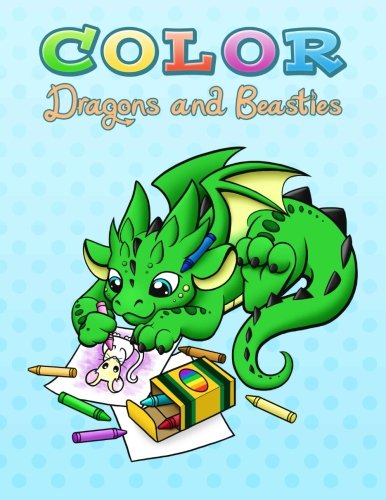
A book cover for Color Dragons and Beasties; Becca Golins; Arts & Photography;